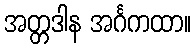
အတ္တဒါန အင်္ဂကထာ။